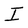
Character: I